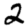
Digit: 2